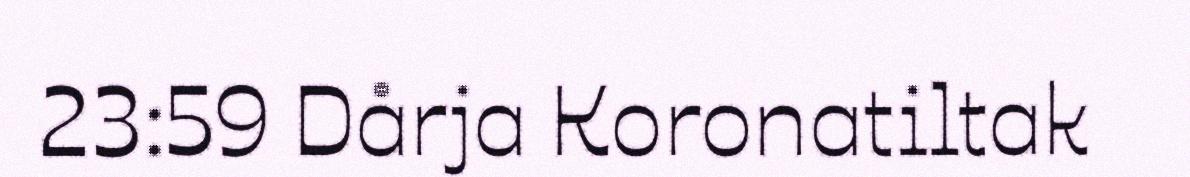
23:59 Dårja Koronatiltak